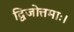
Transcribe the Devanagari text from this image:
द्विजोत्तमाः।